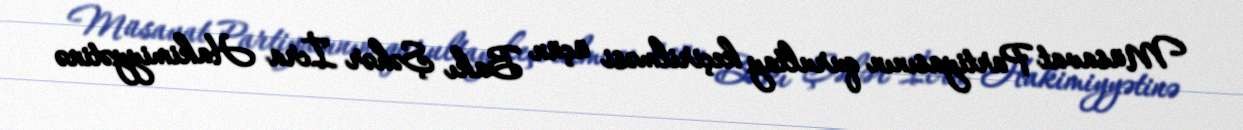
Müsavat Partiyasının qurultay keçirilməsi üçün Bakı Şəhər İcra Hakimiyyətinə